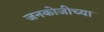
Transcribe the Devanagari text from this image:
जनकोजीच्या